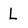
Character: L